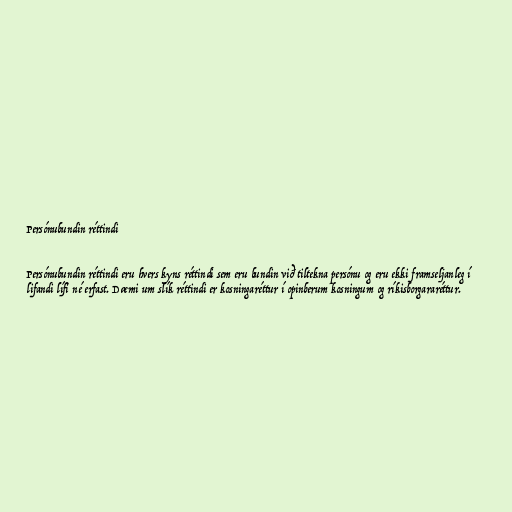
Persónubundin réttindi

Persónubundin réttindi eru hvers kyns réttindi sem eru bundin við tiltekna persónu og eru ekki framseljanleg í
lifandi lífi né erfast. Dæmi um slík réttindi er kosningaréttur í opinberum kosningum og ríkisborgararéttur.